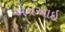
એનઆઇ